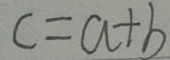
c = a + b